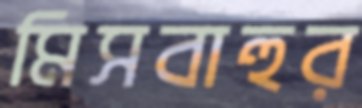
মিসবাহুর